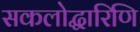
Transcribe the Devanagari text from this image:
सकलोद्धारिणि